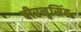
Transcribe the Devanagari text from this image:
वीरनृसिंह